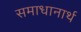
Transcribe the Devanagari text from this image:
समाधानार्थ